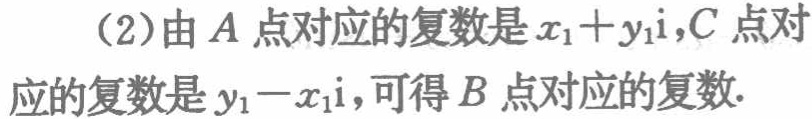
（2）由\(A\)点对应的复数是\(x_{1}+y_{1}\mathrm{i}\)，\(C\)点对应的复数是\(y_{1}-x_{1}\mathrm{i}\)，可得\(B\)点对应的复数.